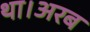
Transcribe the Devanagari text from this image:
था।अरब